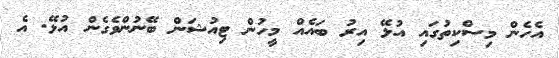
އެހެން މިސްކިތުގައި އުޅޭ އިރު ބައެއް މީހުން ޓިއުޝަން ބޭނުންވެގެން އުޅޭ. އެ